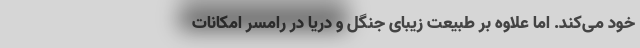
خود می‌کند. اما علاوه بر طبیعت زیبای جنگل و دریا در رامسر امکانات